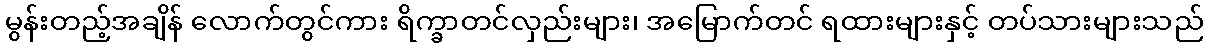
မွန်းတည့်အချိန် လောက်တွင်ကား ရိက္ခာတင်လှည်းများ၊ အမြောက်တင် ရထားများနှင့် တပ်သားများသည်